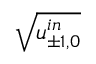
\sqrt { u _ { \pm 1 , 0 } ^ { i n } }